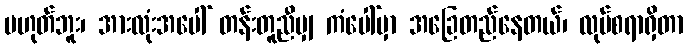
မဟုတ်ဘူး၊ အားလုံးအပေါ် တန်းတူညီမျှ ကံပေါ်မှာ အခြေတည်နေတယ်၊ လုပ်စရာရှိတာ